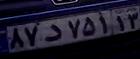
۸۷د۷۵۱۱۳